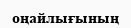
оңайлығының